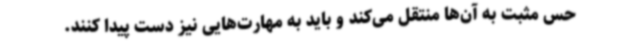
حس مثبت به آن‌ها منتقل می‌کند و باید به مهارت‌هایی نیز دست پیدا کنند.